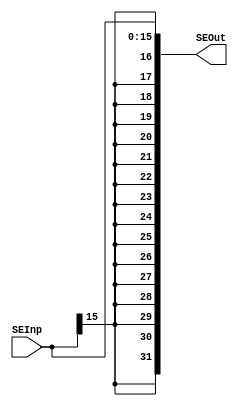
`timescale 1ns/1ns

//1- Module y Puertos 1/0
module SignE (
		
		//Entradas
		input [15:0]SEInp,
		
		//Salidas
		output reg [31:0]SEOut

);

//2- Delcaracion de seales --> NA(No aplica)

//3- Cuerpo del modulo

//Bloque Always
always @*

begin //Inicio_A
	
	SEOut = { {16{SEInp[15]}}, SEInp };

end //Fin_A

endmodule